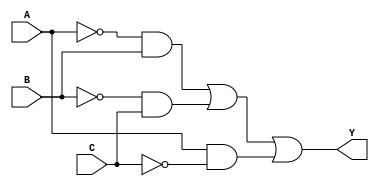
module combinational_logic (
    input wire A,
    input wire B,
    input wire C,
    output wire Y
);

// Internal signals for the simplified expressions
wire B_not;
wire A_not;
wire C_not;
wire term1; // A'B
wire term2; // B'C
wire term3; // AC'

assign B_not = ~B;
assign A_not = ~A;
assign C_not = ~C;

// Combinational logic implementation
assign term1 = A_not & B; // A'B
assign term2 = B_not & C; // B'C
assign term3 = A & C_not; // AC'

assign Y = term1 | term2 | term3; // Final output Y

endmodule